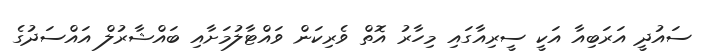
ސައުދީ އަރަބިއާ އަކީ ސީރިއާގައި މިހާރު އޮތް ވެރިކަން ވައްޓާލުމަށާއި ބައްޝާރުލް އައްސަދުގެ